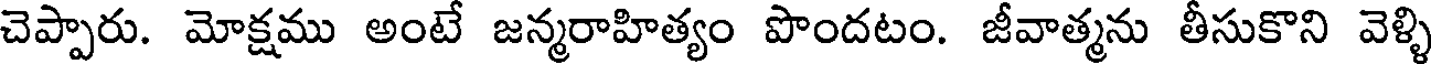
చెప్పారు. మోక్షము అంటే జన్మరాహిత్యం పొందటం. జీవాత్మను తీసుకొని వెళ్ళి